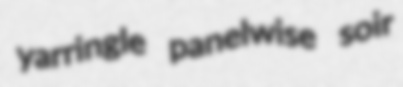
yarringle panelwise soir